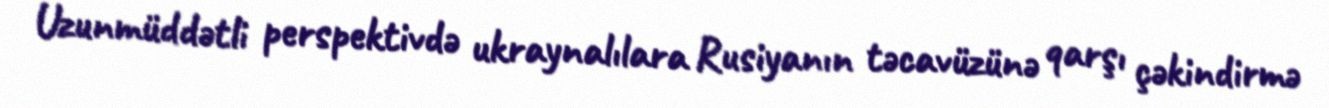
Uzunmüddətli perspektivdə ukraynalılara Rusiyanın təcavüzünə qarşı çəkindirmə